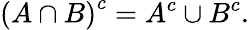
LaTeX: \left(A\cap B\right)^{c}=A^{c}\cup B^{c}.